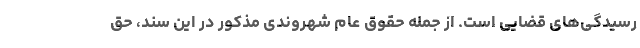
رسیدگی‌های قضایی است. از جمله حقوق عام شهروندی مذکور در این سند، حق